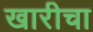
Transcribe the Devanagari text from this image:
खारीचा